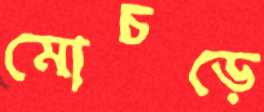
মোচড়ে